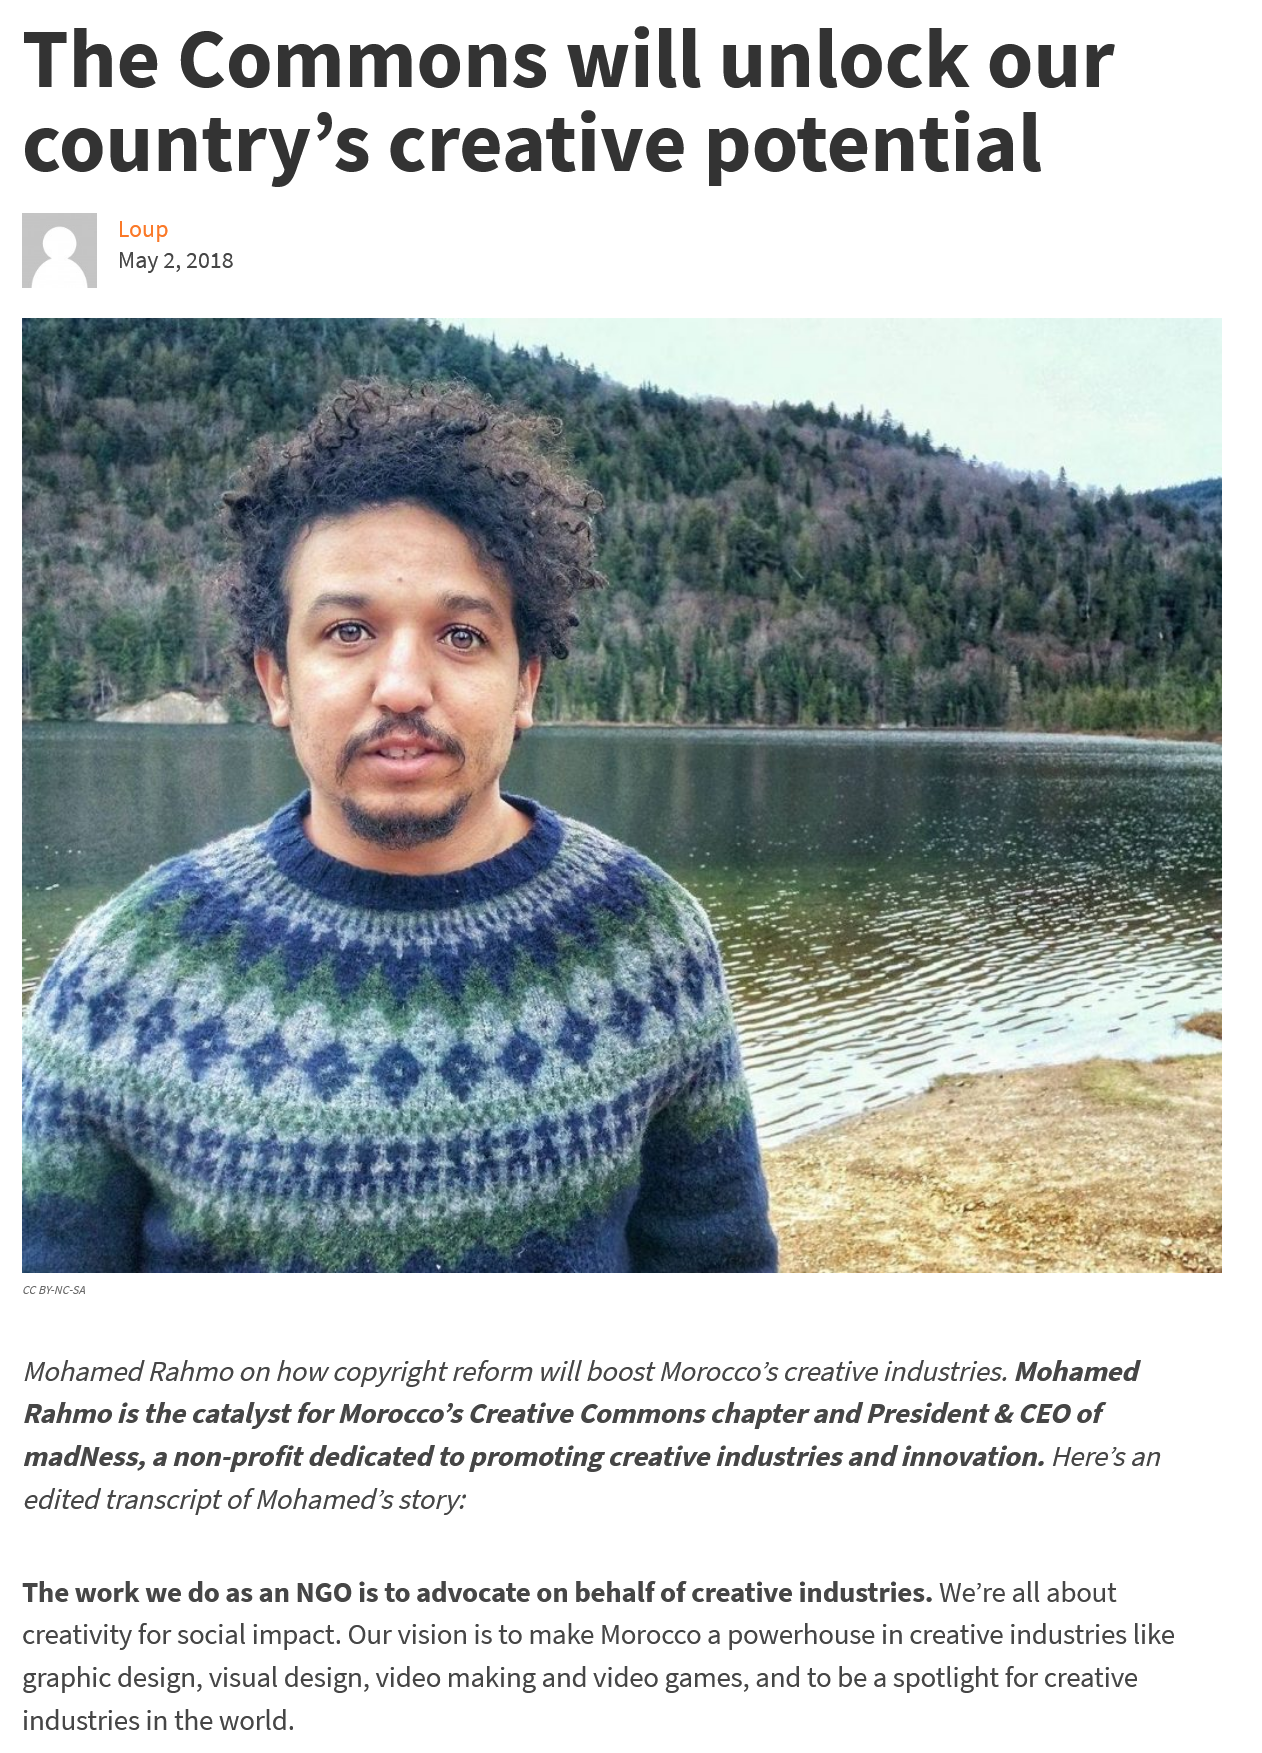
The    Commons    will    unlock    our
  country’s    creative    potential
     Loup
     May 2, 2018

  CC BY-NC-SA
  Mohamed   Rahmo on how copyright reform will boost Morocco’s creative industries. Mohamed
  Rahmo is the catalyst for Morocco’s Creative Commons chapter and President & CEO of
  madNess,  a non-profit dedicated to promoting creative industries and innovation. Here’s an
  edited transcript of Mohamed’s story:
  The work we do as an NGO is to advocate on behalf of creative industries. We're all about
  creativity for social impact. Our vision is to make Morocco a powerhouse in creative industries like
  graphic design, visual design, video making and video games, and to be a spotlight for creative
  industries in the world.